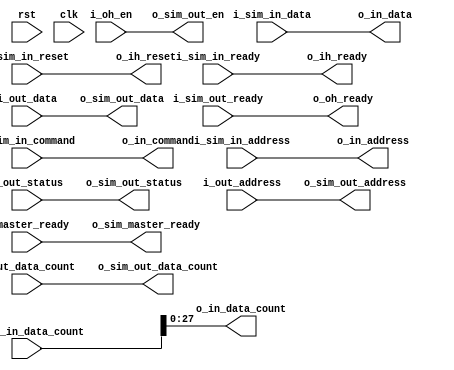
module sim_interface (
  //boilerplate
  input               rst,
  input               clk,

  //Sim Interface

  output              o_sim_master_ready,
  input               i_sim_in_reset,
  input               i_sim_in_ready,

  input   [31:0]      i_sim_in_command,
  input   [31:0]      i_sim_in_address,
  input   [31:0]      i_sim_in_data,
  input   [31:0]      i_sim_in_data_count,

  input               i_sim_out_ready,
  output              o_sim_out_en,

  output  [31:0]      o_sim_out_status,
  output  [31:0]      o_sim_out_address,
  output  [31:0]      o_sim_out_data,
  output  [27:0]      o_sim_out_data_count,


  //master interface
  input               i_master_ready,
  output  reg         o_ih_reset,
  output  reg         o_ih_ready,

  output  reg [31:0]  o_in_command,
  output  reg [31:0]  o_in_address,
  output  reg [31:0]  o_in_data,
  output  reg [27:0]  o_in_data_count,

  output  reg         o_oh_ready,
  input               i_oh_en,

  input   [31:0]      i_out_status,
  input   [31:0]      i_out_address,
  input   [31:0]      i_out_data,
  input   [27:0]      i_out_data_count
);

//Local Parameters
//Registers/Wires
//Submodules
//Asynchronous Logic
assign  o_sim_master_ready    = i_master_ready;
assign  o_sim_out_en          = i_oh_en;
assign  o_sim_out_status      = i_out_status;
assign  o_sim_out_address     = i_out_address;
assign  o_sim_out_data        = i_out_data;
assign  o_sim_out_data_count  = i_out_data_count;



//Synchronous Logic
always @ (i_sim_in_reset) begin
    o_ih_reset            = i_sim_in_reset;
end
always @ (i_sim_in_ready) begin
    o_ih_ready            =  i_sim_in_ready;
end
always @ (i_sim_in_command) begin
    o_in_command          = i_sim_in_command;
end
always @ (i_sim_in_address) begin
    o_in_address          = i_sim_in_address;
end
always @ (i_sim_in_data) begin
    o_in_data             = i_sim_in_data;
end
always @ (i_sim_in_data_count) begin
    o_in_data_count       = i_sim_in_data_count;
end
always @ (i_sim_out_ready) begin
    o_oh_ready            = i_sim_out_ready;
end

endmodule